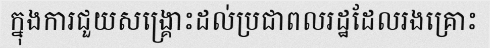
ក្នុងការជួយសង្គ្រោះដល់ប្រជាពលរដ្ឋដែលរងគ្រោះ